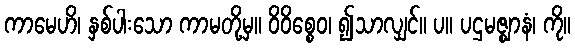
ကာမေဟိ၊ နှစ်ပါးသော ကာမတို့မှ။ ဝိဝိစ္စေဝ၊ ၍သာလျှင်။ ပ။ ပဌမဇ္ဈာနံ၊ ကို။